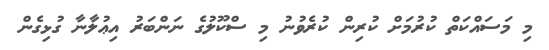
މި މަސައްކަތް ކުރުމަށް ކުރިން ކުރެވުނު މި ސްކޫލުގެ ނަންބަރު އިޢުލާނާ ގުޅިގެން